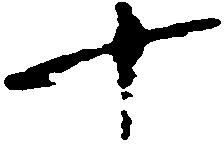
十